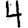
Digit: 4